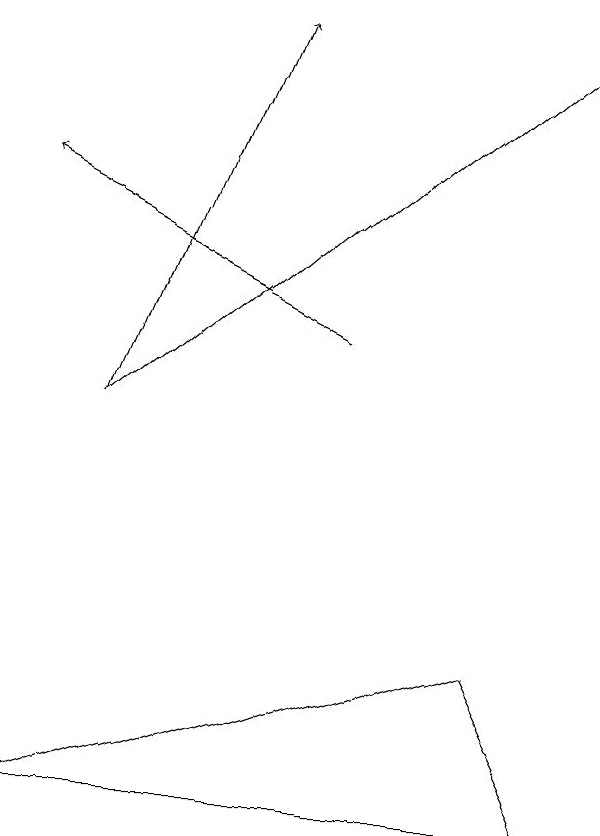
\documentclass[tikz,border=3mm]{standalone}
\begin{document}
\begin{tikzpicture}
\draw[->] (1,12) -- (3,17);
\draw[->] (1,12) -- (7,17);
\draw[->] (4,13) -- (0,15);
\draw (6,9) -- (7,7) -- (0,7) -- cycle;
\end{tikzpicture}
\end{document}